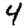
Digit: 4